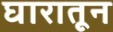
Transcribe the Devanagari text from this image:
घारातून